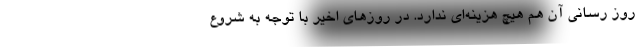
روز رسانی آن هم هیچ هزینه‌ای ندارد. در روزهای اخیر با توجه به شروع